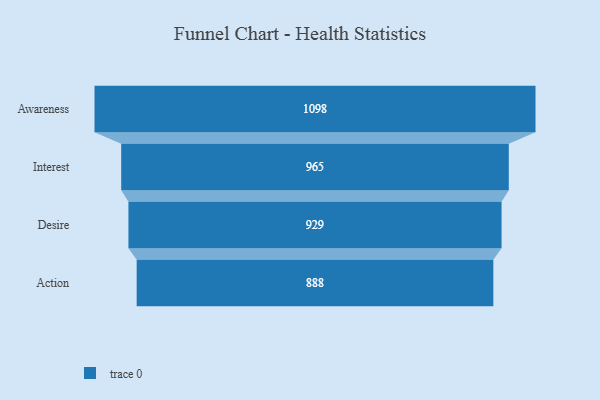
{"axis": {"x": "Stage", "y": "Value"}, "legend": [""], "data": [{"x": "Awareness", "y": 1098.0, "type": ""}, {"x": "Interest", "y": 965.0, "type": ""}, {"x": "Desire", "y": 929.0, "type": ""}, {"x": "Action", "y": 888.0, "type": ""}]}